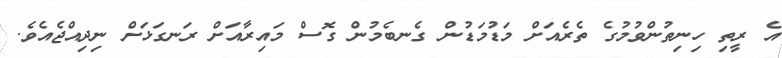
އެ ރީތި ހިނިތުންވުމުގެ ތެރެއަށް މަޑުމަޑުން ގެނބެމުން ގޮސް މައިރާއަށް ރަނގަޅަށް ނިދިއްޖެއެވެ.